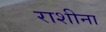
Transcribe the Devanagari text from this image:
राशीना